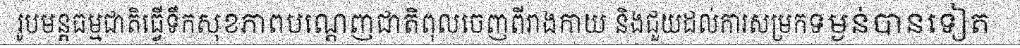
រូបមន្តធម្មជាតិធ្វើទឹកសុខភាពបណ្តេញជាតិពុលចេញពីរាងកាយ និងជួយដល់ការសម្រកទម្ងន់បានទៀត